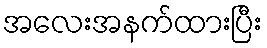
အလေးအနက်ထားပြီး